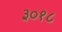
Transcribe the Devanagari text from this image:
३०१८